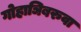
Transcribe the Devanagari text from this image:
गोहाञिबरुवा